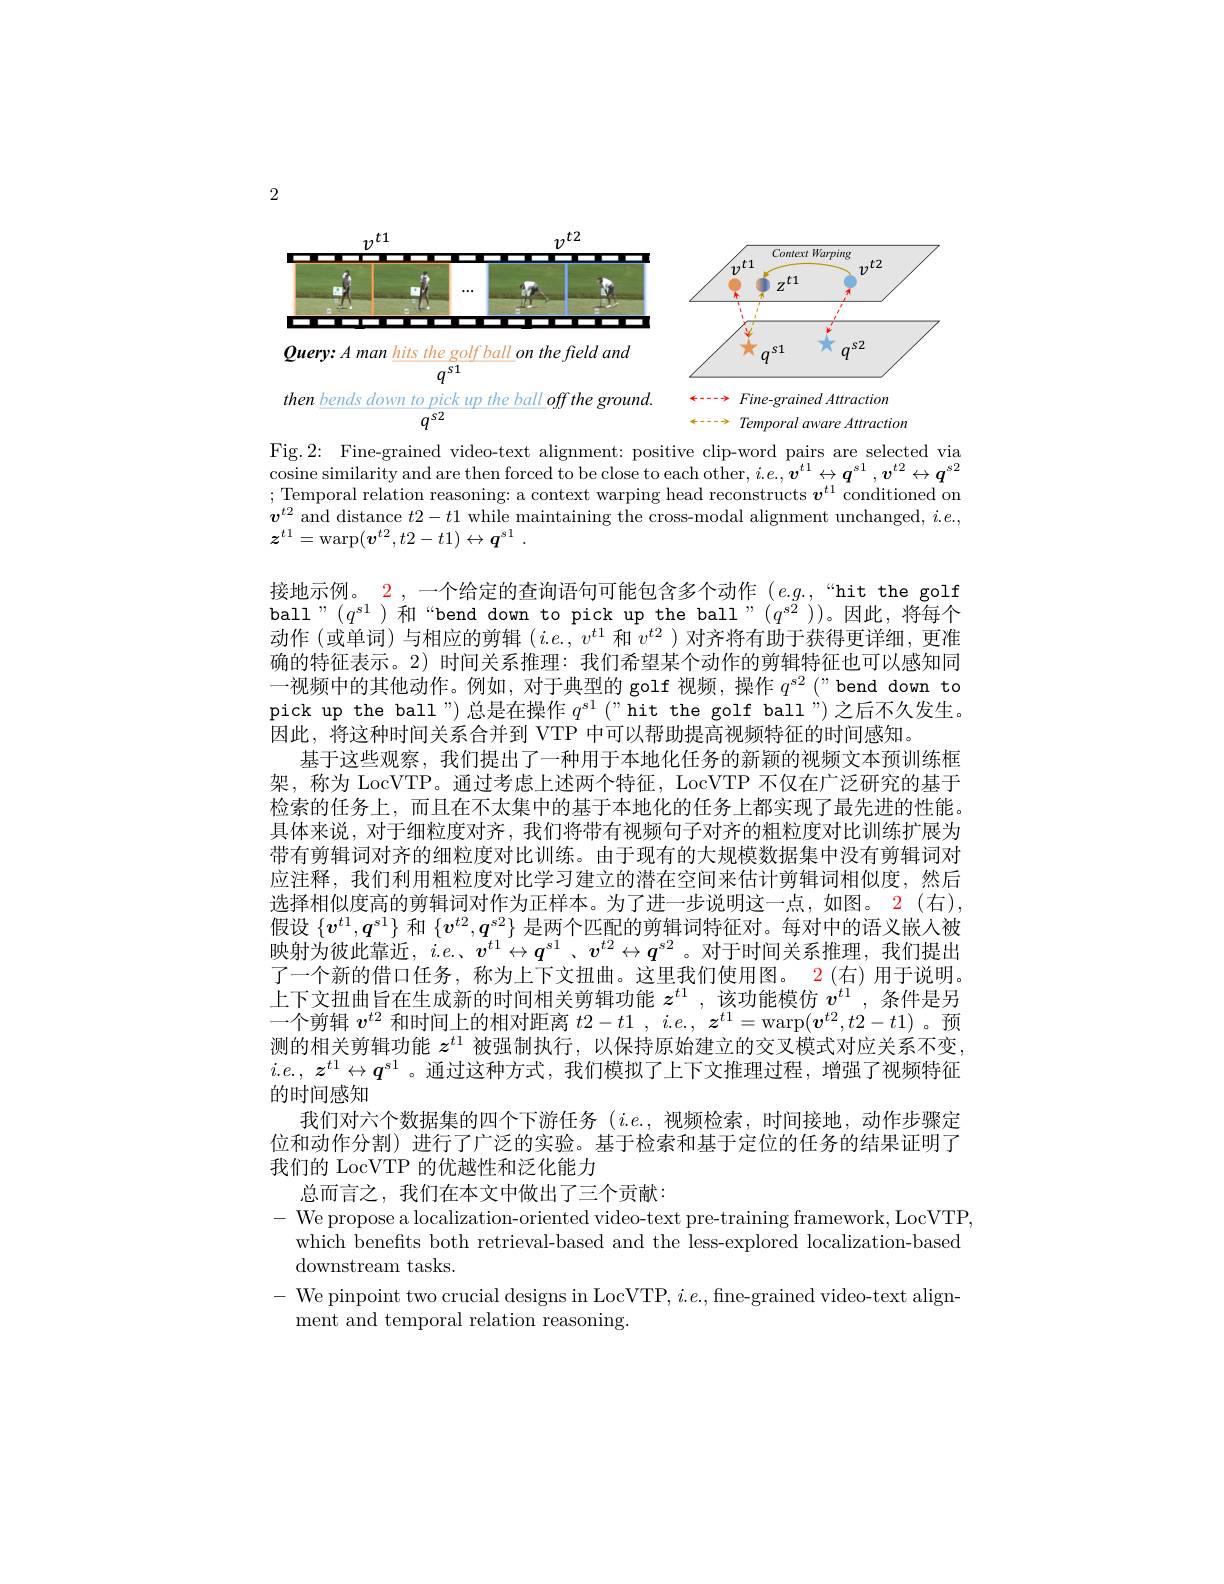
2

<FigureHere>

<FigureHere>

$Query{: }A\textit{ man hits the golf ball on the field and}$
$q^{s1}$
then bends down to pick up the ball off the ground.
$q^{s2}$

$\leftarrow - - \rightarrow$ $Fine- grained\textit{Attraction}$
$\leftarrow--\rightarrow$ Temporal aware Attraction

Fig.2: Fine-grained video-text alignment: positive clip-word pairs are selected via $\begin{aligned}\text{cosine similarity and are then forced to be close to each other, }i.e.,\boldsymbol{v}^{t1}\leftrightarrow\boldsymbol{q}^{s1},\boldsymbol{v}^{t2}\leftrightarrow\boldsymbol{q}^{s2}\end{aligned}$ ;Temporal relation reasoning: a context warping head reconstructs $v^t1$ conditioned on $\boldsymbol{v}^{t2}$ and distance $t2-t1$ while maintaining the cross-modal alignment unchanged, $i.e.$, $z^{t1}= \operatorname { warp} ( \boldsymbol{v}^{t2}, t2- t1) \leftrightarrow \boldsymbol{q}^{s1}$ .

接地示例。$\color{red}{2}$,一个给定的查询语句可能包含多个动作 $(e.g.$,“hit the golf ball"(q^{s1})和“bend down to pick up the ball”(q^{s$\tilde{2} ))。因此，将每个$ 动作 (或单词)与相应的剪辑$(i.e.,v^{t1}$和$v^{t2}$ )对齐将有助于获得更详细，更准确的特征表示。2) 时间关系推理：我们希望某个动作的剪辑特征也可以感知同一视频中的其他动作。例如，对于典型的 golf 视频，操作$q^{\text{s}2}$ ("bend down to pick up the ball ") 总是在操作$q^{s1}$ ("hit the golf ball")之后不久发生。因此，将这种时间关系合并到 VTP 中可以帮助提高视频特征的时间感知。
基于这些观察，我们提出了一种用于本地化任务的新颖的视频文本预训练框架，称为 LocVTP。通过考虑上述两个特征，LocVTP 不仅在广泛研究的基于检索的任务上，而且在不太集中的基于本地化的任务上都实现了最先进的性能。具体来说，对于细粒度对齐，我们将带有视频句子对齐的粗粒度对比训练扩展为带有剪辑词对齐的细粒度对比训练。由于现有的大规模数据集中没有剪辑词对应注释，我们利用粗粒度对比学习建立的潜在空间来估计剪辑词相似度，然后选择相似度高的剪辑词对作为正样本。为了进一步说明这一点，如图。2(右), 假设$\{\boldsymbol{v}^{t1},\boldsymbol{q}^{s1}\}$和$\{\boldsymbol{v}^{t2},\boldsymbol{q}^{s2}\}$是两个匹配的剪辑词特征对。每对中的语义嵌人被映射为彼此靠近，$i.e.$、$v^t1\leftrightarrow q^{s1}$ 、$v^{t2}\leftrightarrow q^{s2}$。对于时间关系推理，我们提出了一个新的借口任务，称为上下文扭曲。这里我们使用图。2 (右) 用于说明。上下文扭曲旨在生成新的时间相关剪辑功能$z^{t1}$,该功能模仿$v^{t1}$,条件是另一个剪辑$v^t2$和时间上的相对距离$t2-t1,i.e.,z^t1=\operatorname{warp}(\boldsymbol{v}^{t2},t2-t1)$ 。预测的相关剪辑功能$z^{t1}$被强制执行，以保持原始建立的交叉模式对应关系不变， $i. e. $, $z^{t1}\leftrightarrow q^{\text{s}1}$。通过这种方式，我们模拟了上下文推理过程，增强了视频特征的时间感知
我们对六个数据集的四个下游任务$(i.e.$,视频检索，时间接地，动作步骤定位和动作分割)进行了广泛的实验。基于检索和基于定位的任务的结果证明了我们的 LocVTP 的优越性和泛化能力
总而言之，我们在本文中做出了三个贡献：
- We propose a localization-oriented video-text pre-training framework, LocVTP,
which benefits both retrieval-based and the less-explored localization-based
downstream tasks.
- We pinpoint two crucial designs in LocVTP, $i.e.$,fne-grained video-text align-
ment and temporal relation reasoning.